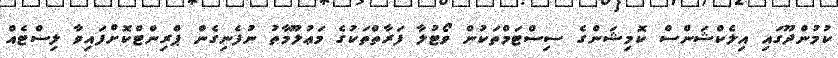
ކުމުންދޫގައި އިލެކްޝަންސް ކޮމިޝަންގެ ސިސްޓަމްތަކުން ވޯޓުލާ ފަރާތްތަކުގެ މަޢުލޫމާތު ނުފެނިގެން ޕްރިންޓްކޮށްފައިވާ ލިސްޓެއް